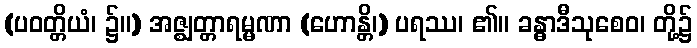
(ပဝတ္တိယံ၊ ၌။) အဇ္ဈတ္တာရမ္မဏာ (ဟောန္တိ၊) ပရဿ၊ ၏။ ခန္ဓာဒီသုစေဝ၊ တို့၌